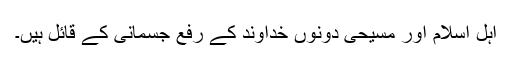
اہل اسلام اور مسیحی دونوں خداوند کے رفع جسمانی کے قائل ہیں۔